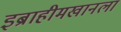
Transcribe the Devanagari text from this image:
इब्राहीमखानला